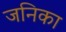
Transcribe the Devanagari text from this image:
जनिका